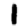
Digit: 1